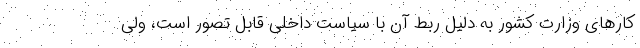
کارهای وزارت کشور به دلیل ربط آن با سیاست داخلی قابل تصور است، ولی